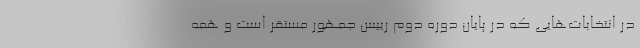
در انتخابات‌هایی که در پایان دوره دوم رییس جمهور مستقر است و همه